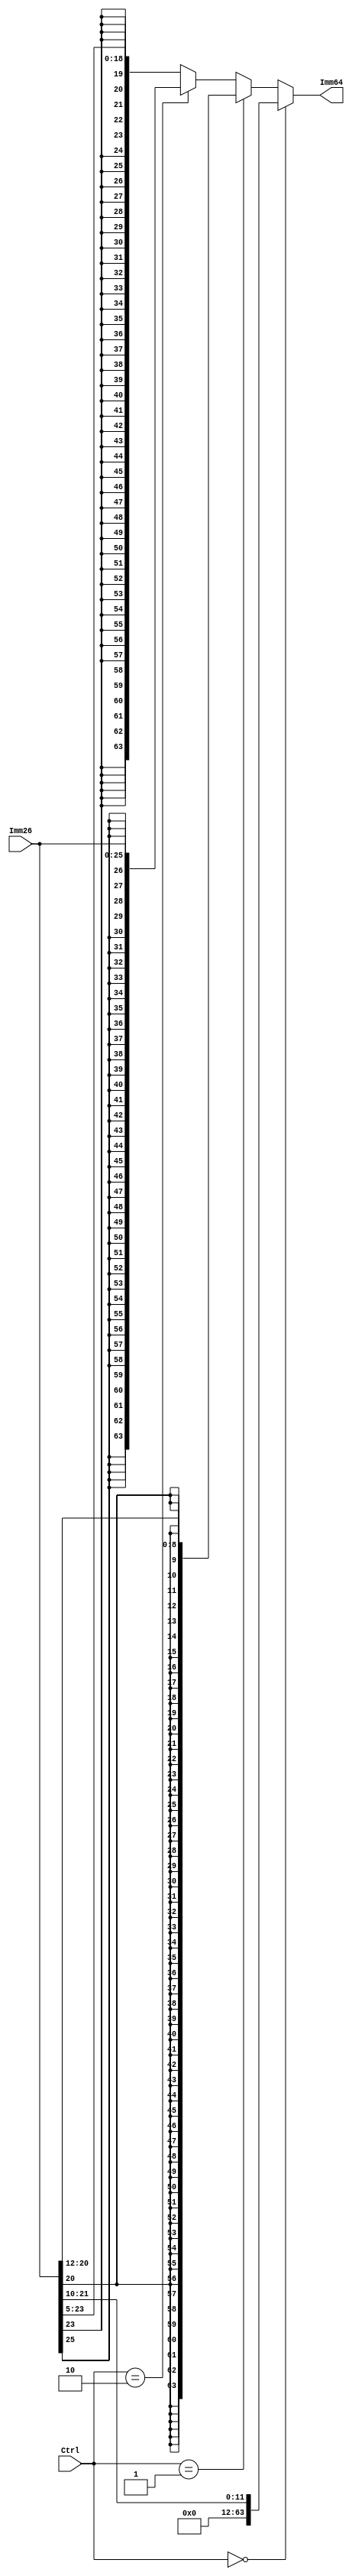
`timescale 1 ns/1 ps

module ImmGenerator(Imm64, Imm26, Ctrl); 
  output reg [63:0] Imm64; 
  input [25:0] Imm26; 
  input [1:0] Ctrl; 

  always@(*) begin
    if(Ctrl == 2'b00) //I-type instruction
	Imm64 = {52'b0, Imm26[21:10]};
    else if(Ctrl == 2'b01) //D-type instruction
	Imm64 = {{55{Imm26[20]}}, Imm26[20:12]};
    else if(Ctrl == 2'b10) //B instruction
	Imm64 = {{38{Imm26[25]}}, Imm26[25:0]};
    else	//CBZ instruction
	Imm64 = {{45{Imm26[23]}}, Imm26[23:5]};
  end

endmodule